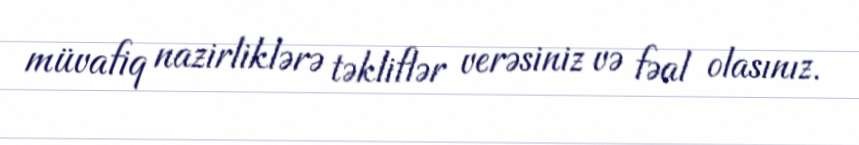
müvafiq nazirliklərə təkliflər verəsiniz və fəal olasınız.